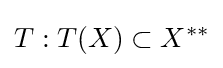
T:T(X)\subset X^{**}